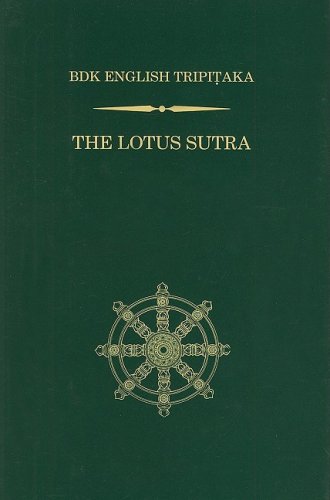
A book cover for The Lotus Sutra (BDK English Tripitaka); Numata Center for Buddhist Translation and Research; Religion & Spirituality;